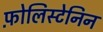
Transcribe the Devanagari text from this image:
फ़ोलिस्टेनिन